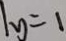
\vert y = 1